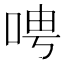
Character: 𫪆